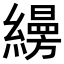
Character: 𦆅